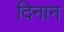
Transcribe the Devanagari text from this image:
दिनान